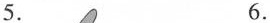
5. 6.